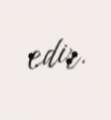
edir.